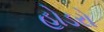
હોડરો